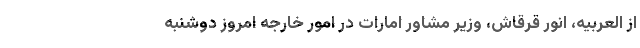
از العربیه، انور قرقاش، وزیر مشاور امارات در امور خارجه امروز دوشنبه